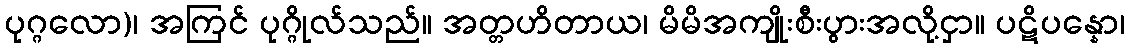
ပုဂ္ဂလော)၊ အကြင် ပုဂ္ဂိုလ်သည်။ အတ္တဟိတာယ၊ မိမိအကျိုးစီးပွားအလို့ငှာ။ ပဋိပန္နော၊